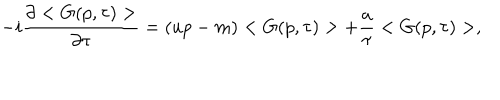
- i \frac { \partial < G ( p , \tau ) > } { \partial \tau } = ( u p - m ) < G ( p , \tau ) > + \frac { a } { \tau } < G ( p , \tau ) > ,